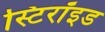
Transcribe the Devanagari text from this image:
स्टिरॉइड